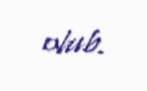
olub.